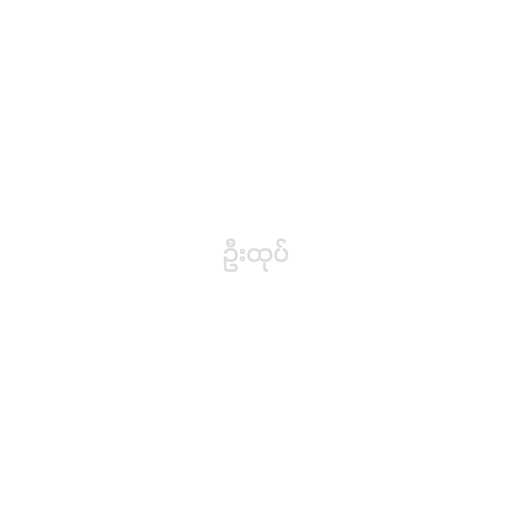
ဦးထုပ်